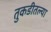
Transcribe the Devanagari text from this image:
तुकडीतल्या